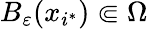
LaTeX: B_{\varepsilon}(x_{i^{*}})\Subset\Omega